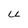
Character: U